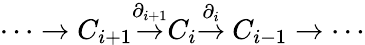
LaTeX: \cdots\to C_{i+1}{\stackrel{\partial_{i+1}}{\to}}C_{i}{\stackrel{\partial_{i}}{\to}}\ C_{i-1}\to\cdots